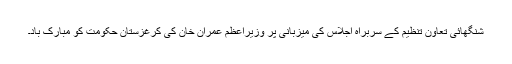
شنگھائی تعاون تنظیم کے سربراہ اجلاس کی میزبانی پر وزیراعظم عمران خان کی کرغزستان حکومت کو مبارک باد۔